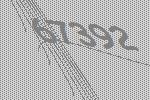
67392